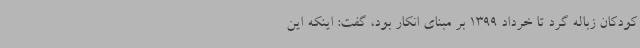
کودکان زباله گرد تا خرداد 1399 بر مبنای انکار بود، گفت: اینکه این